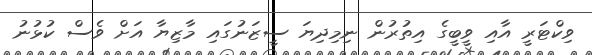
ވިކްޓަރީ އާއި ވީބީގެ އިތުރުން ނިމިދިޔަ ސީޒަނުގައި މާޒިޔާ އަށް ވެސް ކުޅުނު